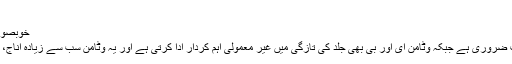
‘‘
خوبصورت جلد کے لیے سب سے اہم پھل اور سبزیوں کا استعمال ہے
ماہرین کے مطابق وٹامن سی چہرے کی رتوبت کے لیے بہت ضروری ہے جبکہ وٹامن ای اور بی بھی جلد کی تازگی میں غیر معمولی اہم کردار ادا کرتی ہے اور یہ وٹامن سب سے زیادہ اناج، سبزیوں اور دودھ سے تیار کردہ غذائی اشیاء میں پایا جاتا ہے۔